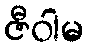
ဇီဝါမ